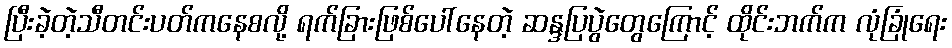
ပြီးခဲ့တဲ့သီတင်းပတ်ကနေစလို့ ရက်ခြားဖြစ်ပေါ်နေတဲ့ ဆန္ဒပြပွဲတွေကြောင့် ထိုင်းဘက်က လုံခြုံရေး